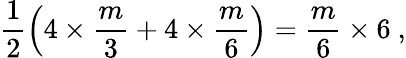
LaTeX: \frac{1}{2}\left(4\times\frac{m}{3}+4\times\frac{m}{6}\right)=\frac{m}{6}\times 6~,